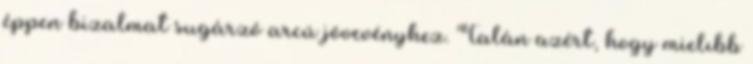
éppen bizalmat sugárzó arcú jövevényhez. Talán azért, hogy mielıbb